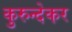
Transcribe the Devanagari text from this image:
कुरुन्देकर